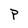
Character: P